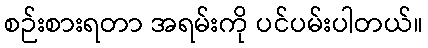
စဉ်းစားရတာ အရမ်းကို ပင်ပမ်းပါတယ်။